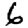
Digit: 6